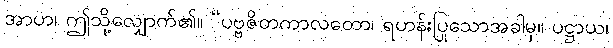
အာဟ၊ ဤသို့လျှောက်၏။ “ပဗ္ဗဇိတကာလတော၊ ရဟန်းပြုသောအခါမှ။ ပဋ္ဌာယ၊